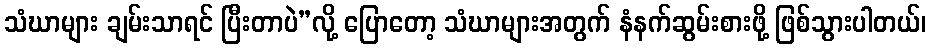
သံဃာများ ချမ်းသာရင် ပြီးတာပဲ”လို့ ပြောတော့ သံဃာများအတွက် နံနက်ဆွမ်းစားဖို့ ဖြစ်သွားပါတယ်၊